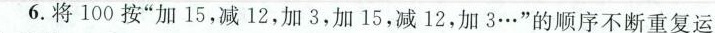
6.将100按”加15，减12，加3，加15，减12，加3…”的顺序不断重复运